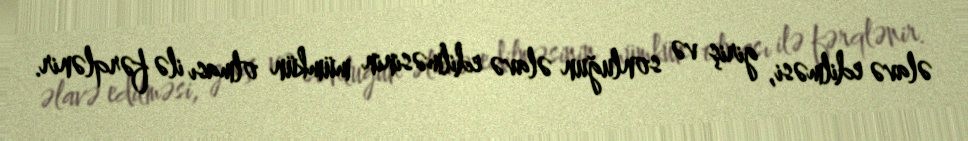
əlavə edilməsi, giriş və sonluğun əlavə edilməsinin mümkün olması ilə fərqlənir.